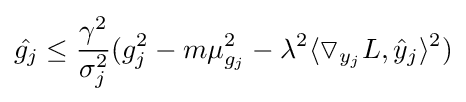
{\hat {g_{j}}}\leq {\frac {\gamma ^{2}}{\sigma _{j}^{2}}}(g_{j}^{2}-m\mu _{g_{j}}^{2}-\lambda ^{2}\langle \triangledown _{y_{j}}L,{\hat {y}}_{j}\rangle ^{2})